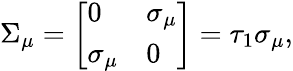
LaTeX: \begin{array}{r}{\Sigma_{\mu}=\left[\begin{array}{ll}{0}&{\sigma_{\mu}}\\ {\sigma_{\mu}}&{0}\end{array}\right]=\tau_{1}\sigma_{\mu},}\end{array}